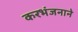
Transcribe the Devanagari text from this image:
करभंजनाने